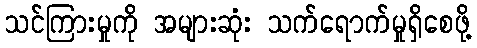
သင်ကြားမှုကို အများဆုံး သက်ရောက်မှုရှိစေဖို့